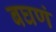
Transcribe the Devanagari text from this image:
बघणं